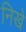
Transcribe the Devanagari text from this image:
निखे